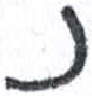
אות: נ